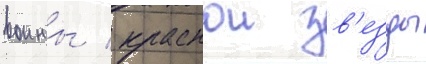
воины / краснои зв'езды